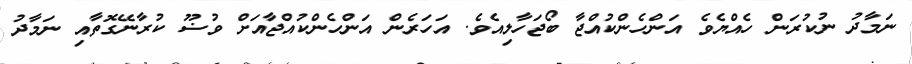
ނަމާދު ނުކުރަން ހެއްޔެވެ އަންހެންކުއްޖާ ބޯޖަހާލިއެވެ. އަހަރެން އަންހެންކުއްޖާއަށް ވުޟޫ ކުރާނޭގޮތާއި ނަމާދު